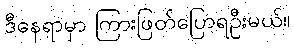
ဒီနေရာမှာ ကြားဖြတ်ပြောရဦးမယ်။